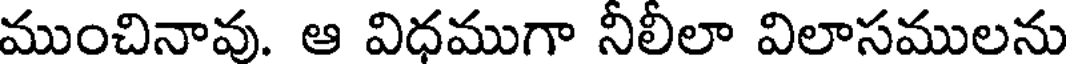
ముంచినావు. ఆ విధముగా నీలీలా విలాసములను